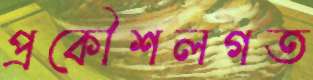
প্রকৌশলগত